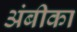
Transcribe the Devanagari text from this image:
अंबीका